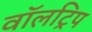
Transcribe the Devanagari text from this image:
वॉलट्रिप